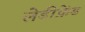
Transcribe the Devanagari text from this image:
लेडीफ्रेंड